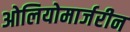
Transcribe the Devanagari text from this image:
ओलियोमार्जरीन